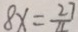
8 x = \frac { 2 7 } { 1 1 }